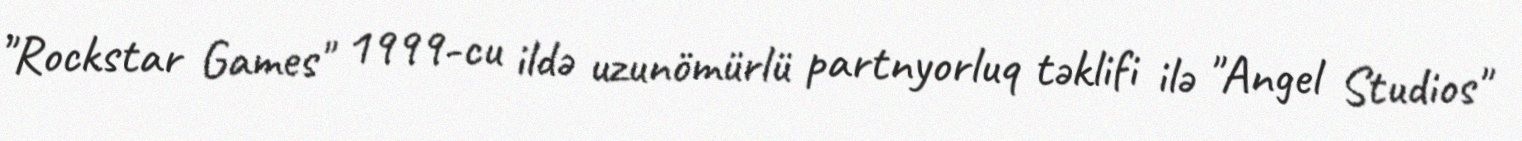
"Rockstar Games" 1999-cu ildə uzunömürlü partnyorluq təklifi ilə "Angel Studios"